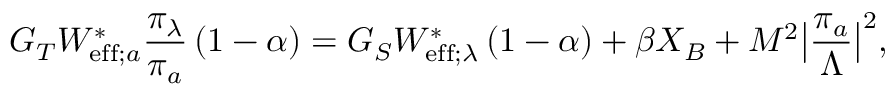
G _ { T } W _ { \mathrm { e f f } ; a } ^ { \ast } \frac { \pi _ { \lambda } } { \pi _ { a } } \left( 1 - \alpha \right) = G _ { S } W _ { \mathrm { e f f } ; \lambda } ^ { \ast } \left( 1 - \alpha \right) + \beta X _ { B } + M ^ { 2 } \big | \frac { \pi _ { a } } { \Lambda } \big | ^ { 2 } ,